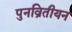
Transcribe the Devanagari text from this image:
पुनव्रितीयन